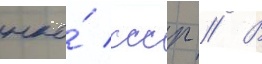
нко́ ссср // В